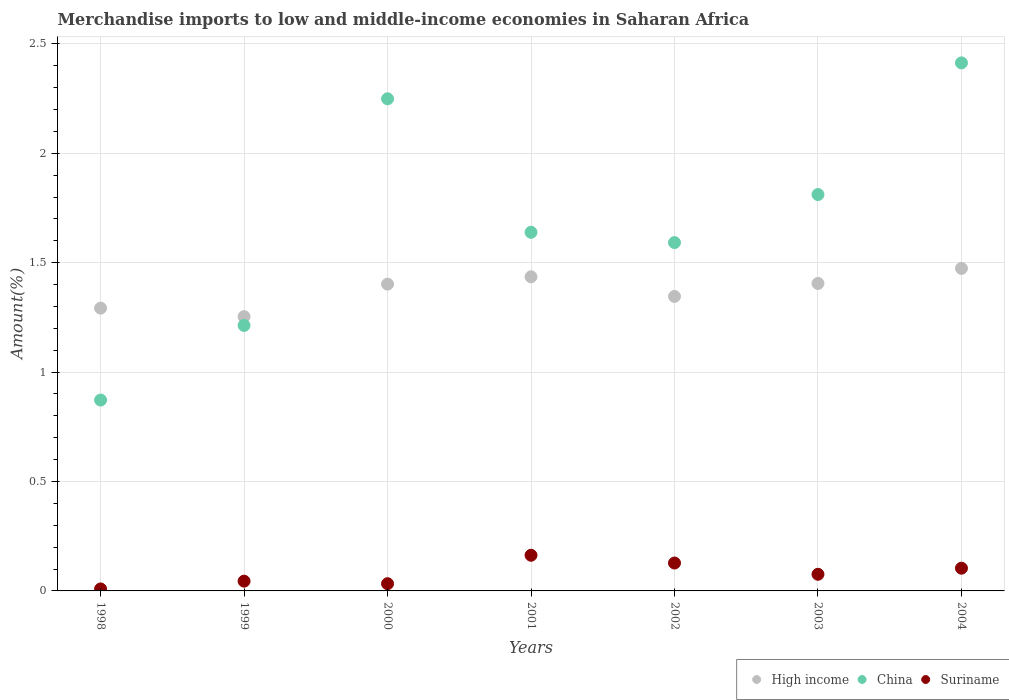
| Years | High income | China | Suriname |
 | --- | --- | --- | --- |
 | 1998 | 1.29 | 0.872 | 0.00906 |
 | 1999 | 1.25 | 1.21 | 0.0446 |
 | 2000 | 1.4 | 2.25 | 0.033 |
 | 2001 | 1.44 | 1.64 | 0.163 |
 | 2002 | 1.35 | 1.59 | 0.127 |
 | 2003 | 1.41 | 1.81 | 0.076 |
 | 2004 | 1.47 | 2.41 | 0.104 |